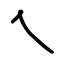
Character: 乀